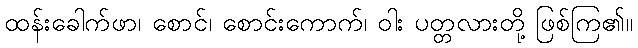
ထန်းခေါက်ဖာ၊ စောင်၊ စောင်းကောက်၊ ဝါး ပတ္တလားတို့ ဖြစ်ကြ၏။